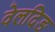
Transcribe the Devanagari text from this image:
वेलदिङ